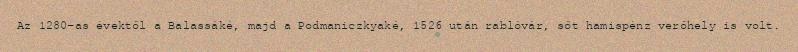
Az 1280-as évektől a Balassáké, majd a Podmaniczkyaké, 1526 után rablóvár, sőt hamispénz verőhely is volt.